65_HS1-834228961_62-HQ-83894_Section_7
Agency: FBI
Page 15
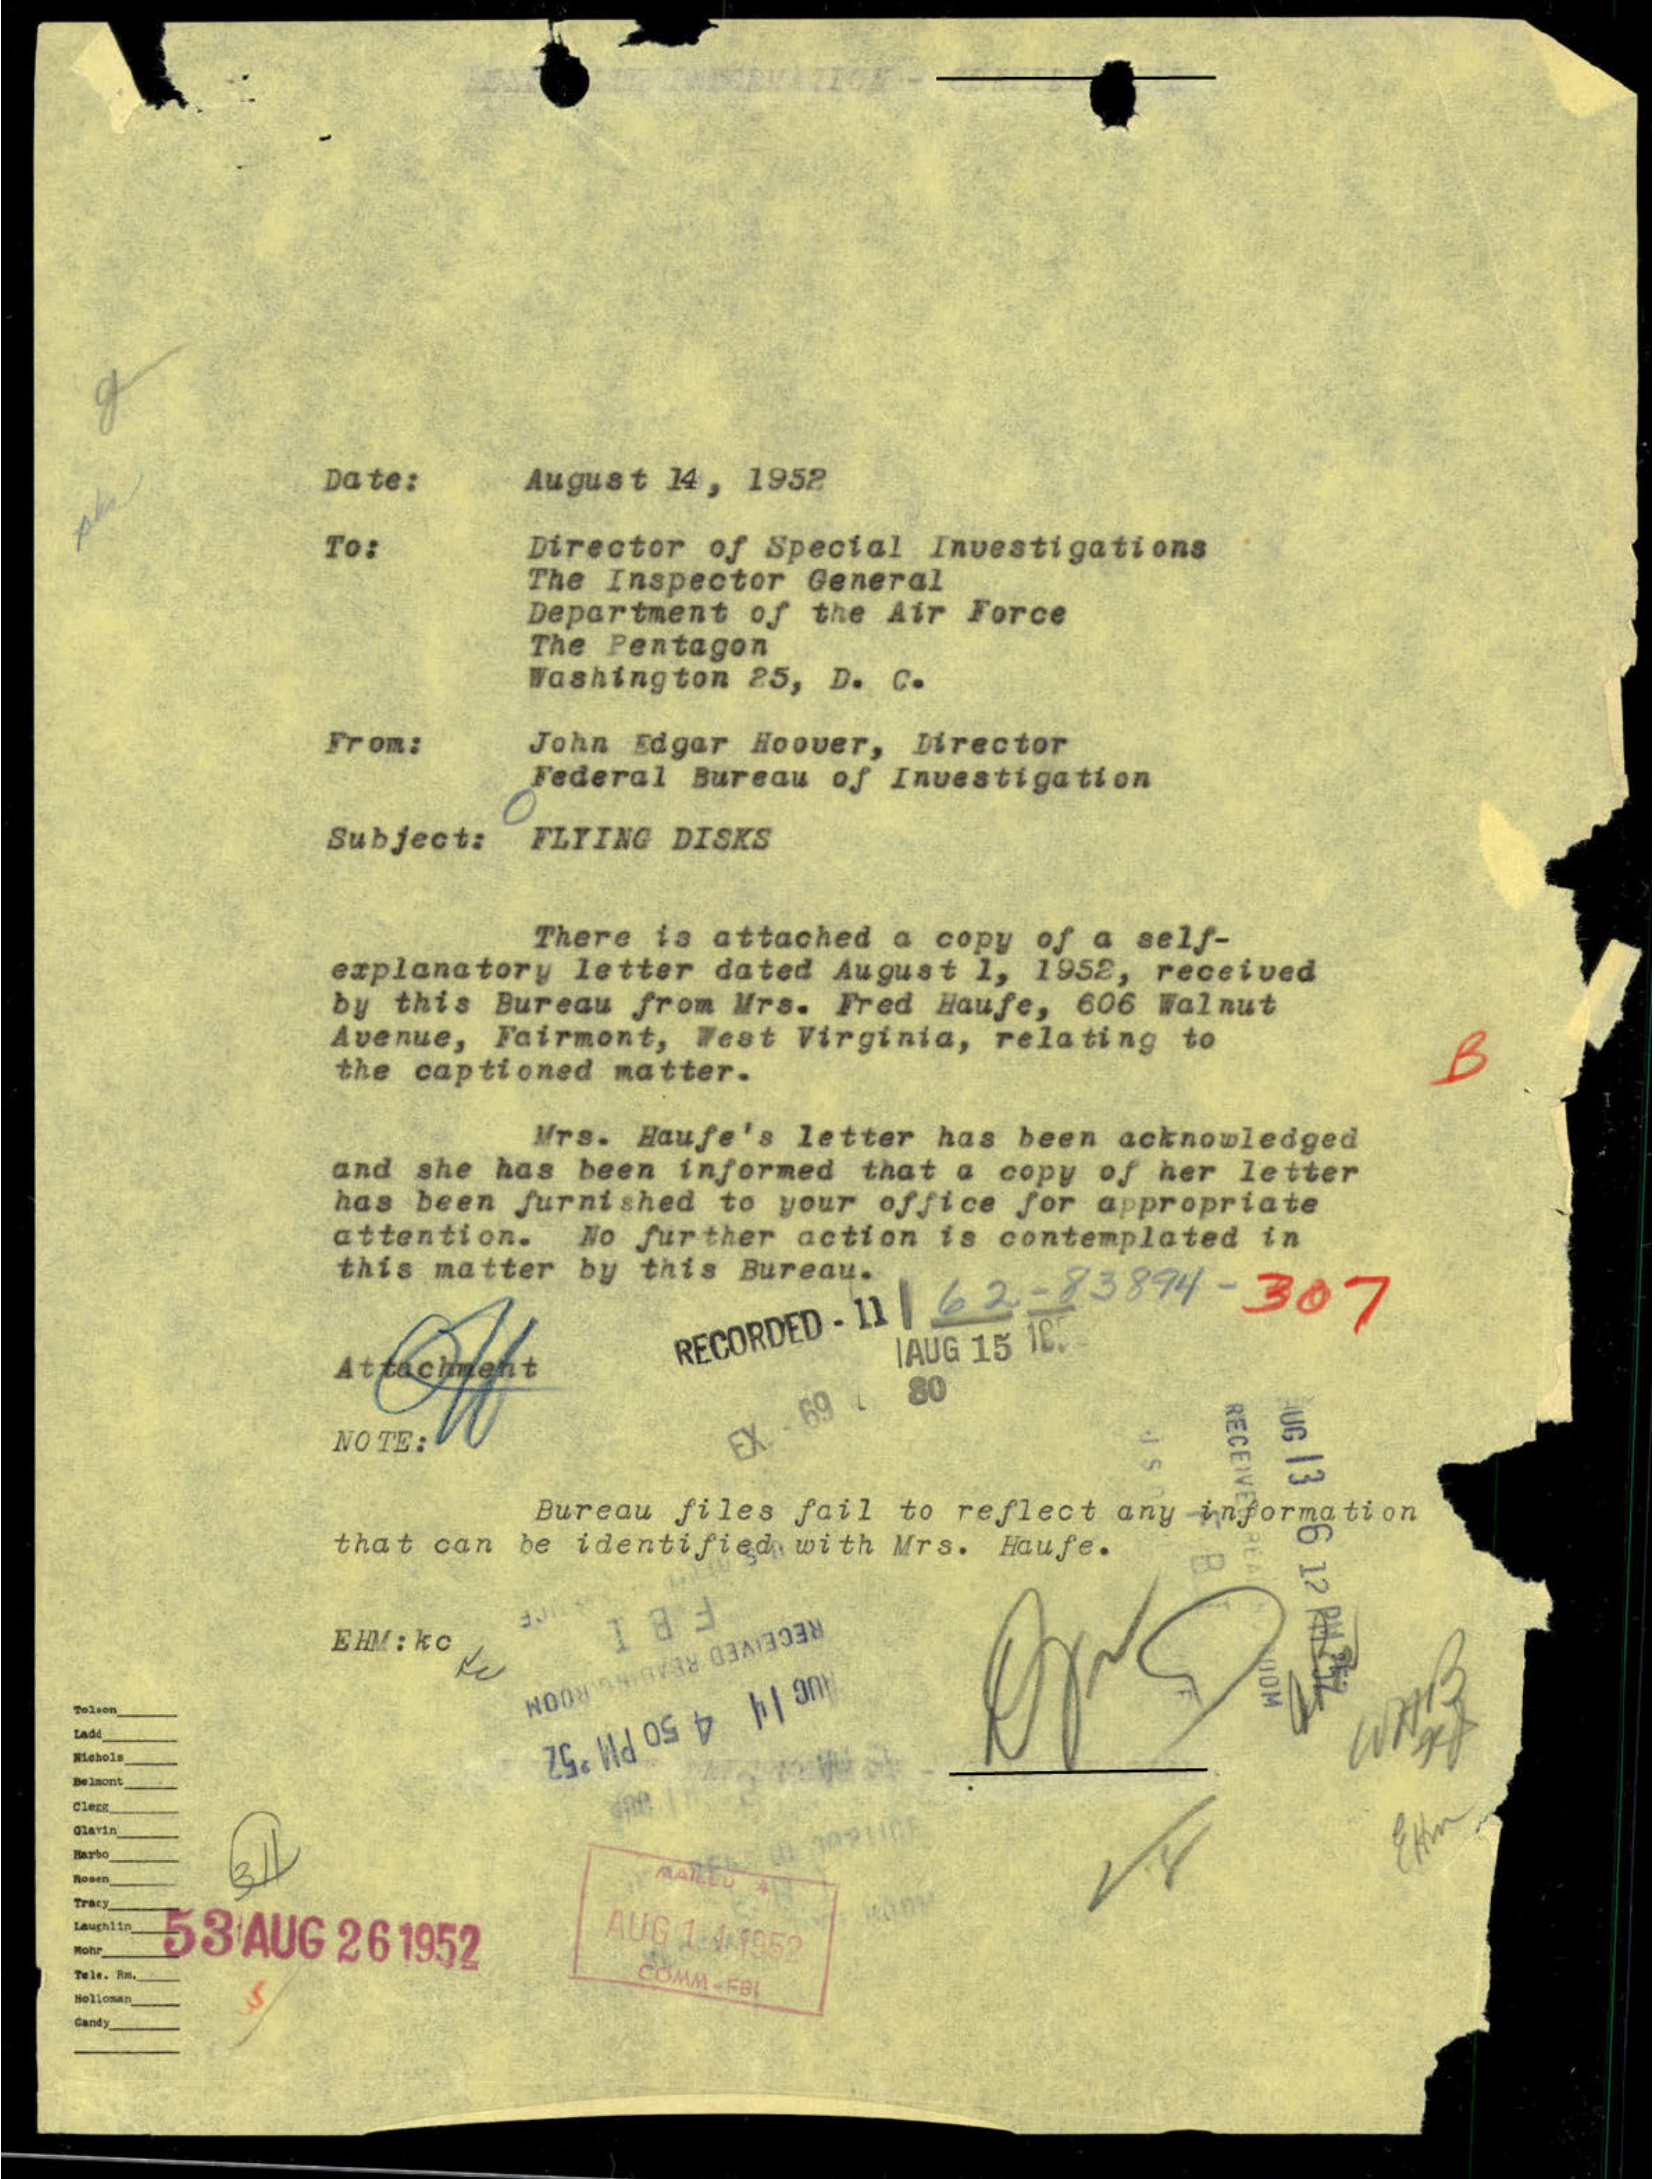